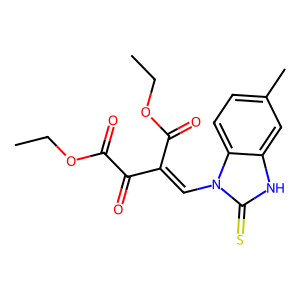
SMILES: CCOC(=O)C(=O)C(=Cn1c(=S)[nH]c2cc(C)ccc21)C(=O)OCC
Inhibits HIV replication: No